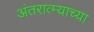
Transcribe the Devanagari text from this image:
अंतरात्म्याच्या